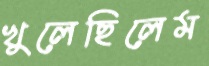
খুলেছিলেম